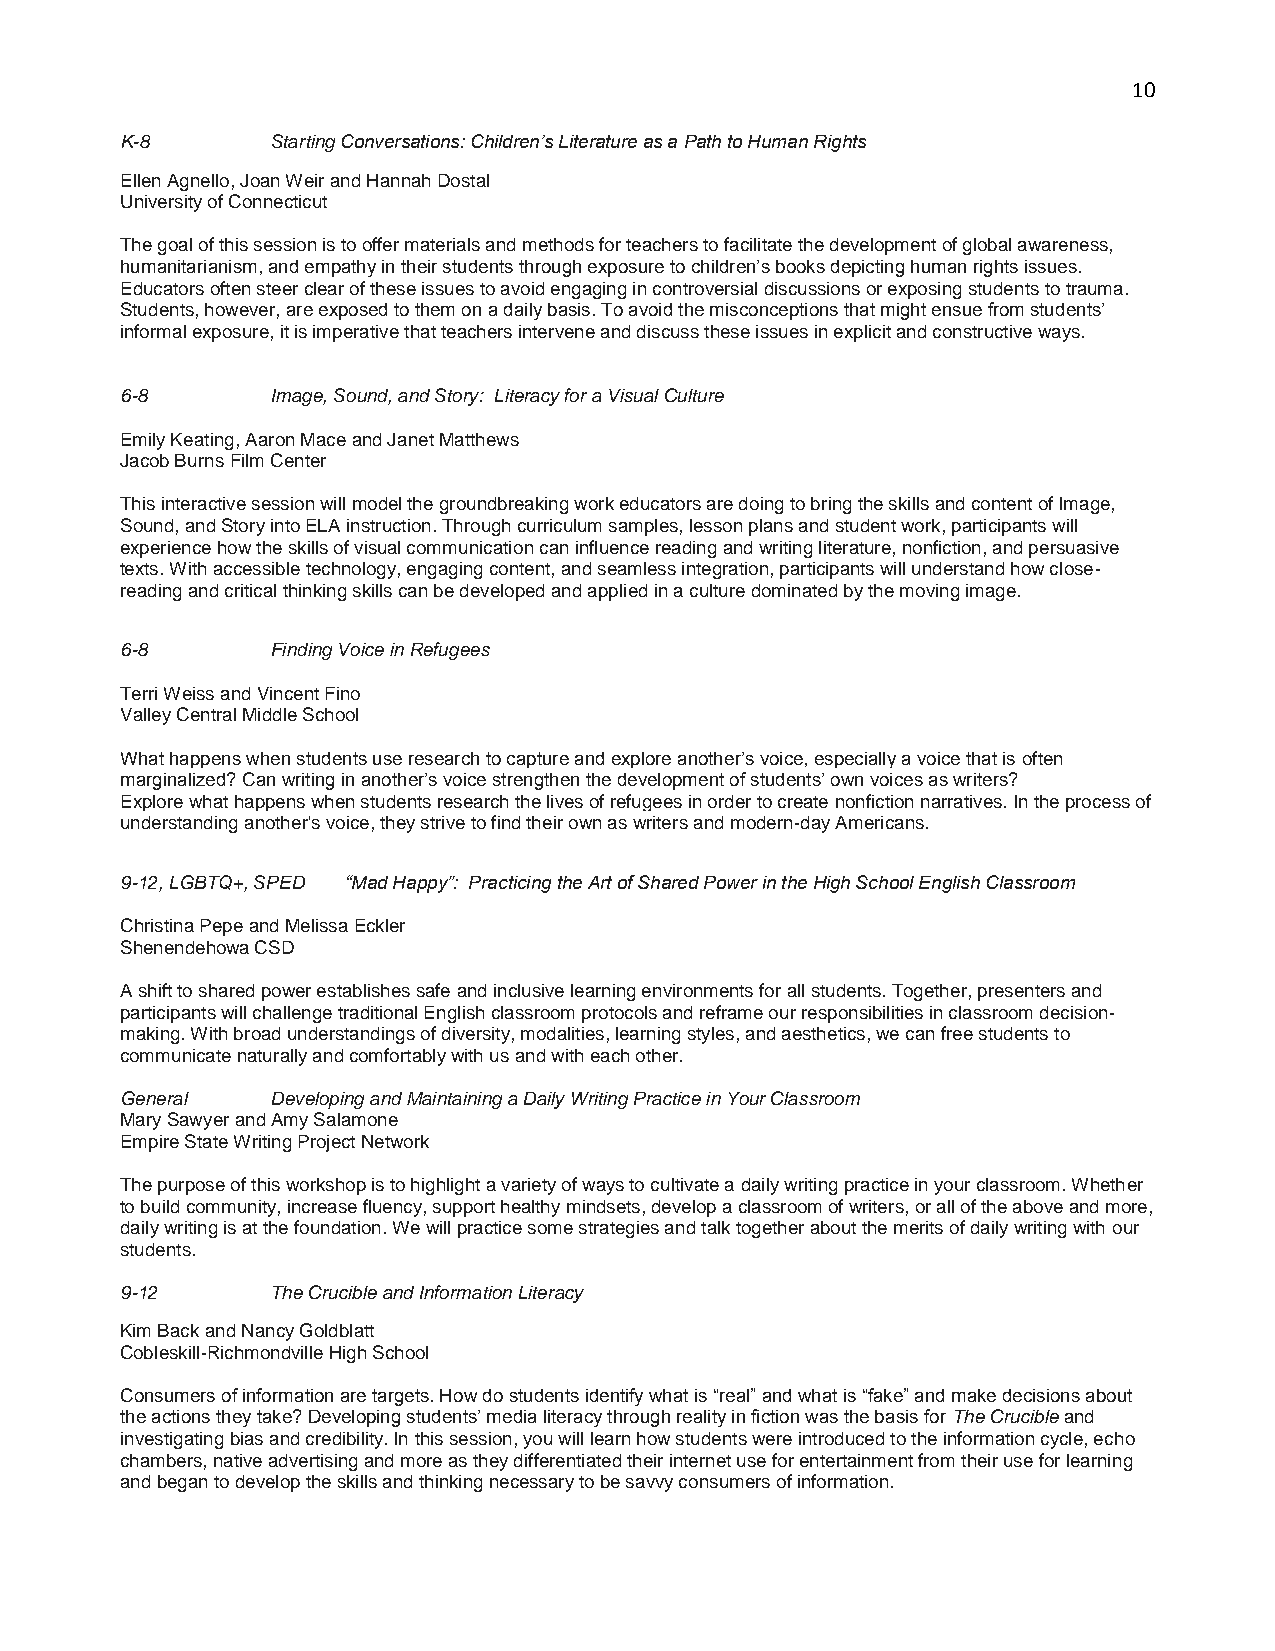
10
 K-8       Starting Conversations: Children’s Literature as a Path to Human Rights
 Ellen Agnello, Joan Weir and Hannah Dostal
 University of Connecticut
 The goal of this session is to offer materials and methods for teachers to facilitate the development of global awareness,
 humanitarianism, and empathy in their students through exposure to children’s books depicting human rights issues.
 Educators often steer clear of these issues to avoid engaging in controversial discussions or exposing students to trauma.
 Students, however, are exposed to them on a daily basis. To avoid the misconceptions that might ensue from students’
 informal exposure, it is imperative that teachers intervene and discuss these issues in explicit and constructive ways.
 6-8       Image, Sound, and Story: Literacy for a Visual Culture
 Emily Keating, Aaron Mace and Janet Matthews
 Jacob Burns Film Center
 This interactive session will model the groundbreaking work educators are doing to bring the skills and content of Image,
 Sound, and Story into ELA instruction. Through curriculum samples, lesson plans and student work, participants will
 experience how the skills of visual communication can influence reading and writing literature, nonfiction, and persuasive
 texts. With accessible technology, engaging content, and seamless integration, participants will understand how close-
 reading and critical thinking skills can be developed and applied in a culture dominated by the moving image.
 6-8       Finding Voice in Refugees
 Terri Weiss and Vincent Fino
 Valley Central Middle School
 What happens when students use research to capture and explore another’s voice, especially a voice that is often
 marginalized? Can writing in another’s voice strengthen the development of students’ own voices as writers?
 Explore what happens when students research the lives of refugees in order to create nonfiction narratives. In the process of
 understanding another's voice, they strive to find their own as writers and modern-day Americans.
 9-12, LGBTQ+, SPED “Mad Happy”: Practicing the Art of Shared Power in the High School English Classroom
 Christina Pepe and Melissa Eckler
 Shenendehowa CSD
 A shift to shared power establishes safe and inclusive learning environments for all students. Together, presenters and
 participants will challenge traditional English classroom protocols and reframe our responsibilities in classroom decision-
 making. With broad understandings of diversity, modalities, learning styles, and aesthetics, we can free students to
 communicate naturally and comfortably with us and with each other.
 General   Developing and Maintaining a Daily Writing Practice in Your Classroom
 Mary Sawyer and Amy Salamone
 Empire State Writing Project Network
 The purpose of this workshop is to highlight a variety of ways to cultivate a daily writing practice in your classroom. Whether
 to build community, increase fluency, support healthy mindsets, develop a classroom of writers, or all of the above and more,
 daily writing is at the foundation. We will practice some strategies and talk together about the merits of daily writing with our
 students.
 9-12      The Crucible and Information Literacy
 Kim Back and Nancy Goldblatt
 Cobleskill-Richmondville High School
 Consumers of information are targets. How do students identify what is “real” and what is “fake” and make decisions about
 the actions they take? Developing students’ media literacy through reality in fiction was the basis for The Crucible and
 investigating bias and credibility. In this session, you will learn how students were introduced to the information cycle, echo
 chambers, native advertising and more as they differentiated their internet use for entertainment from their use for learning
 and began to develop the skills and thinking necessary to be savvy consumers of information.